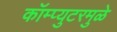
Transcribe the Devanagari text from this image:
कॉम्प्युटरमुळे